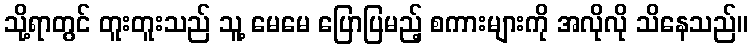
သို့ရာတွင် တူးတူးသည် သူ့ မေမေ ပြောပြမည့် စကားများကို အလိုလို သိနေသည်။